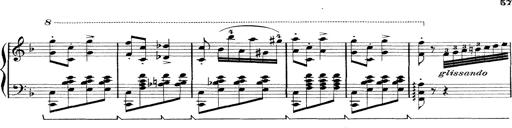
Title: Rapsodie: 19 ungheresi, 1 spagnuola
Composer: Franz Liszt